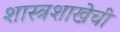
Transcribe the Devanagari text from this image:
शास्त्रशाखेची